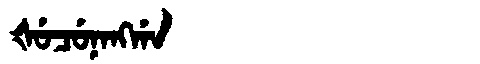
Manchu: ᡧᡠᠴᡠᠨᠠᠩᡤᠠ
Romanization: ŠUCUNANGGA